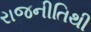
રાજનીતિથી